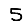
Digit: 5